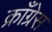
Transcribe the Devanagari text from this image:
क्राँग्रेस